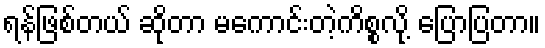
ရန်ဖြစ်တယ် ဆိုတာ မကောင်းတဲ့ကိစ္စလို့ ပြောပြတာ။